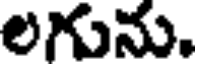
లగును.